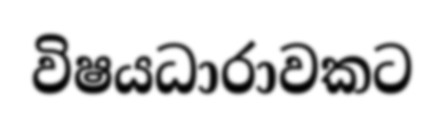
විෂයධාරාවකට